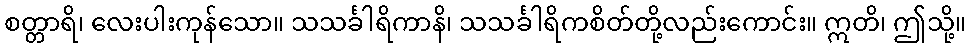
စတ္တာရိ၊ လေးပါးကုန်သော။ သသင်္ခါရိကာနိ၊ သသင်္ခါရိကစိတ်တို့လည်းကောင်း။ ဣတိ၊ ဤသို့။